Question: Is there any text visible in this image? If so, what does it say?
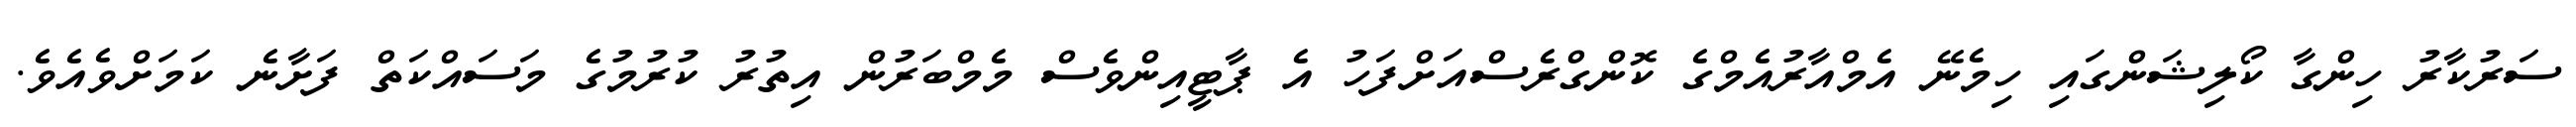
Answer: ސަރުކާރު ހިންގާ ކޯލިޝަންގައި ހިމެނޭ އެމްއާރުއެމްގެ ކޮންގްރެސްއަށްފަހު އެ ޕާޓީއިންވެސް މެމްބަރުން އިތުރު ކުރުމުގެ މަސައްކަތް ފަށާނެ ކަމަށްވެއެވެ.